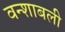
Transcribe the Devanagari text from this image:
वन्शाबली